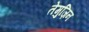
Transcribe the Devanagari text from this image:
तेमुज़िन